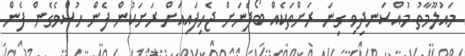
މައުލޫމާތު މުއްސަނދިވި ގިނަ ރަށްތަކެއް ބޯފެނަށް ޖެހިފައިއަށް ރަށަކުން ފެން ހުސްވެގެން ފެން